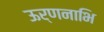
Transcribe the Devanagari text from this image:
ऊर्णनाभि